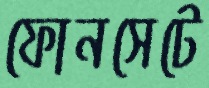
ফোনসেটে